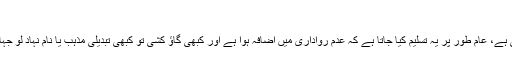
‘
انڈیا میں جب سے بی جے پی کی حکومت آئی ہے، عام طور پر یہ تسلیم کیا جاتا ہے کہ عدم رواداری میں اضافہ ہوا ہے اور کبھی گاؤ کشی تو کبھی تبدیلی مذہب یا نام نہاد لو جہاد کے نام پر مسلمانوں کو نشانہ بنایا جاتا ہے۔